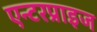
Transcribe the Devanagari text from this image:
एन्टरप्राइज